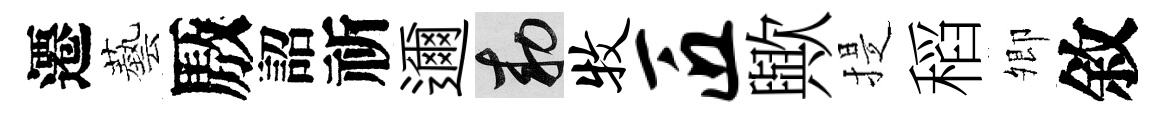
遷藝厫詔祈邇敕牧匠歟提稻𡖖敘